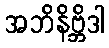
အဘိနိဗ္ဘိဒါ